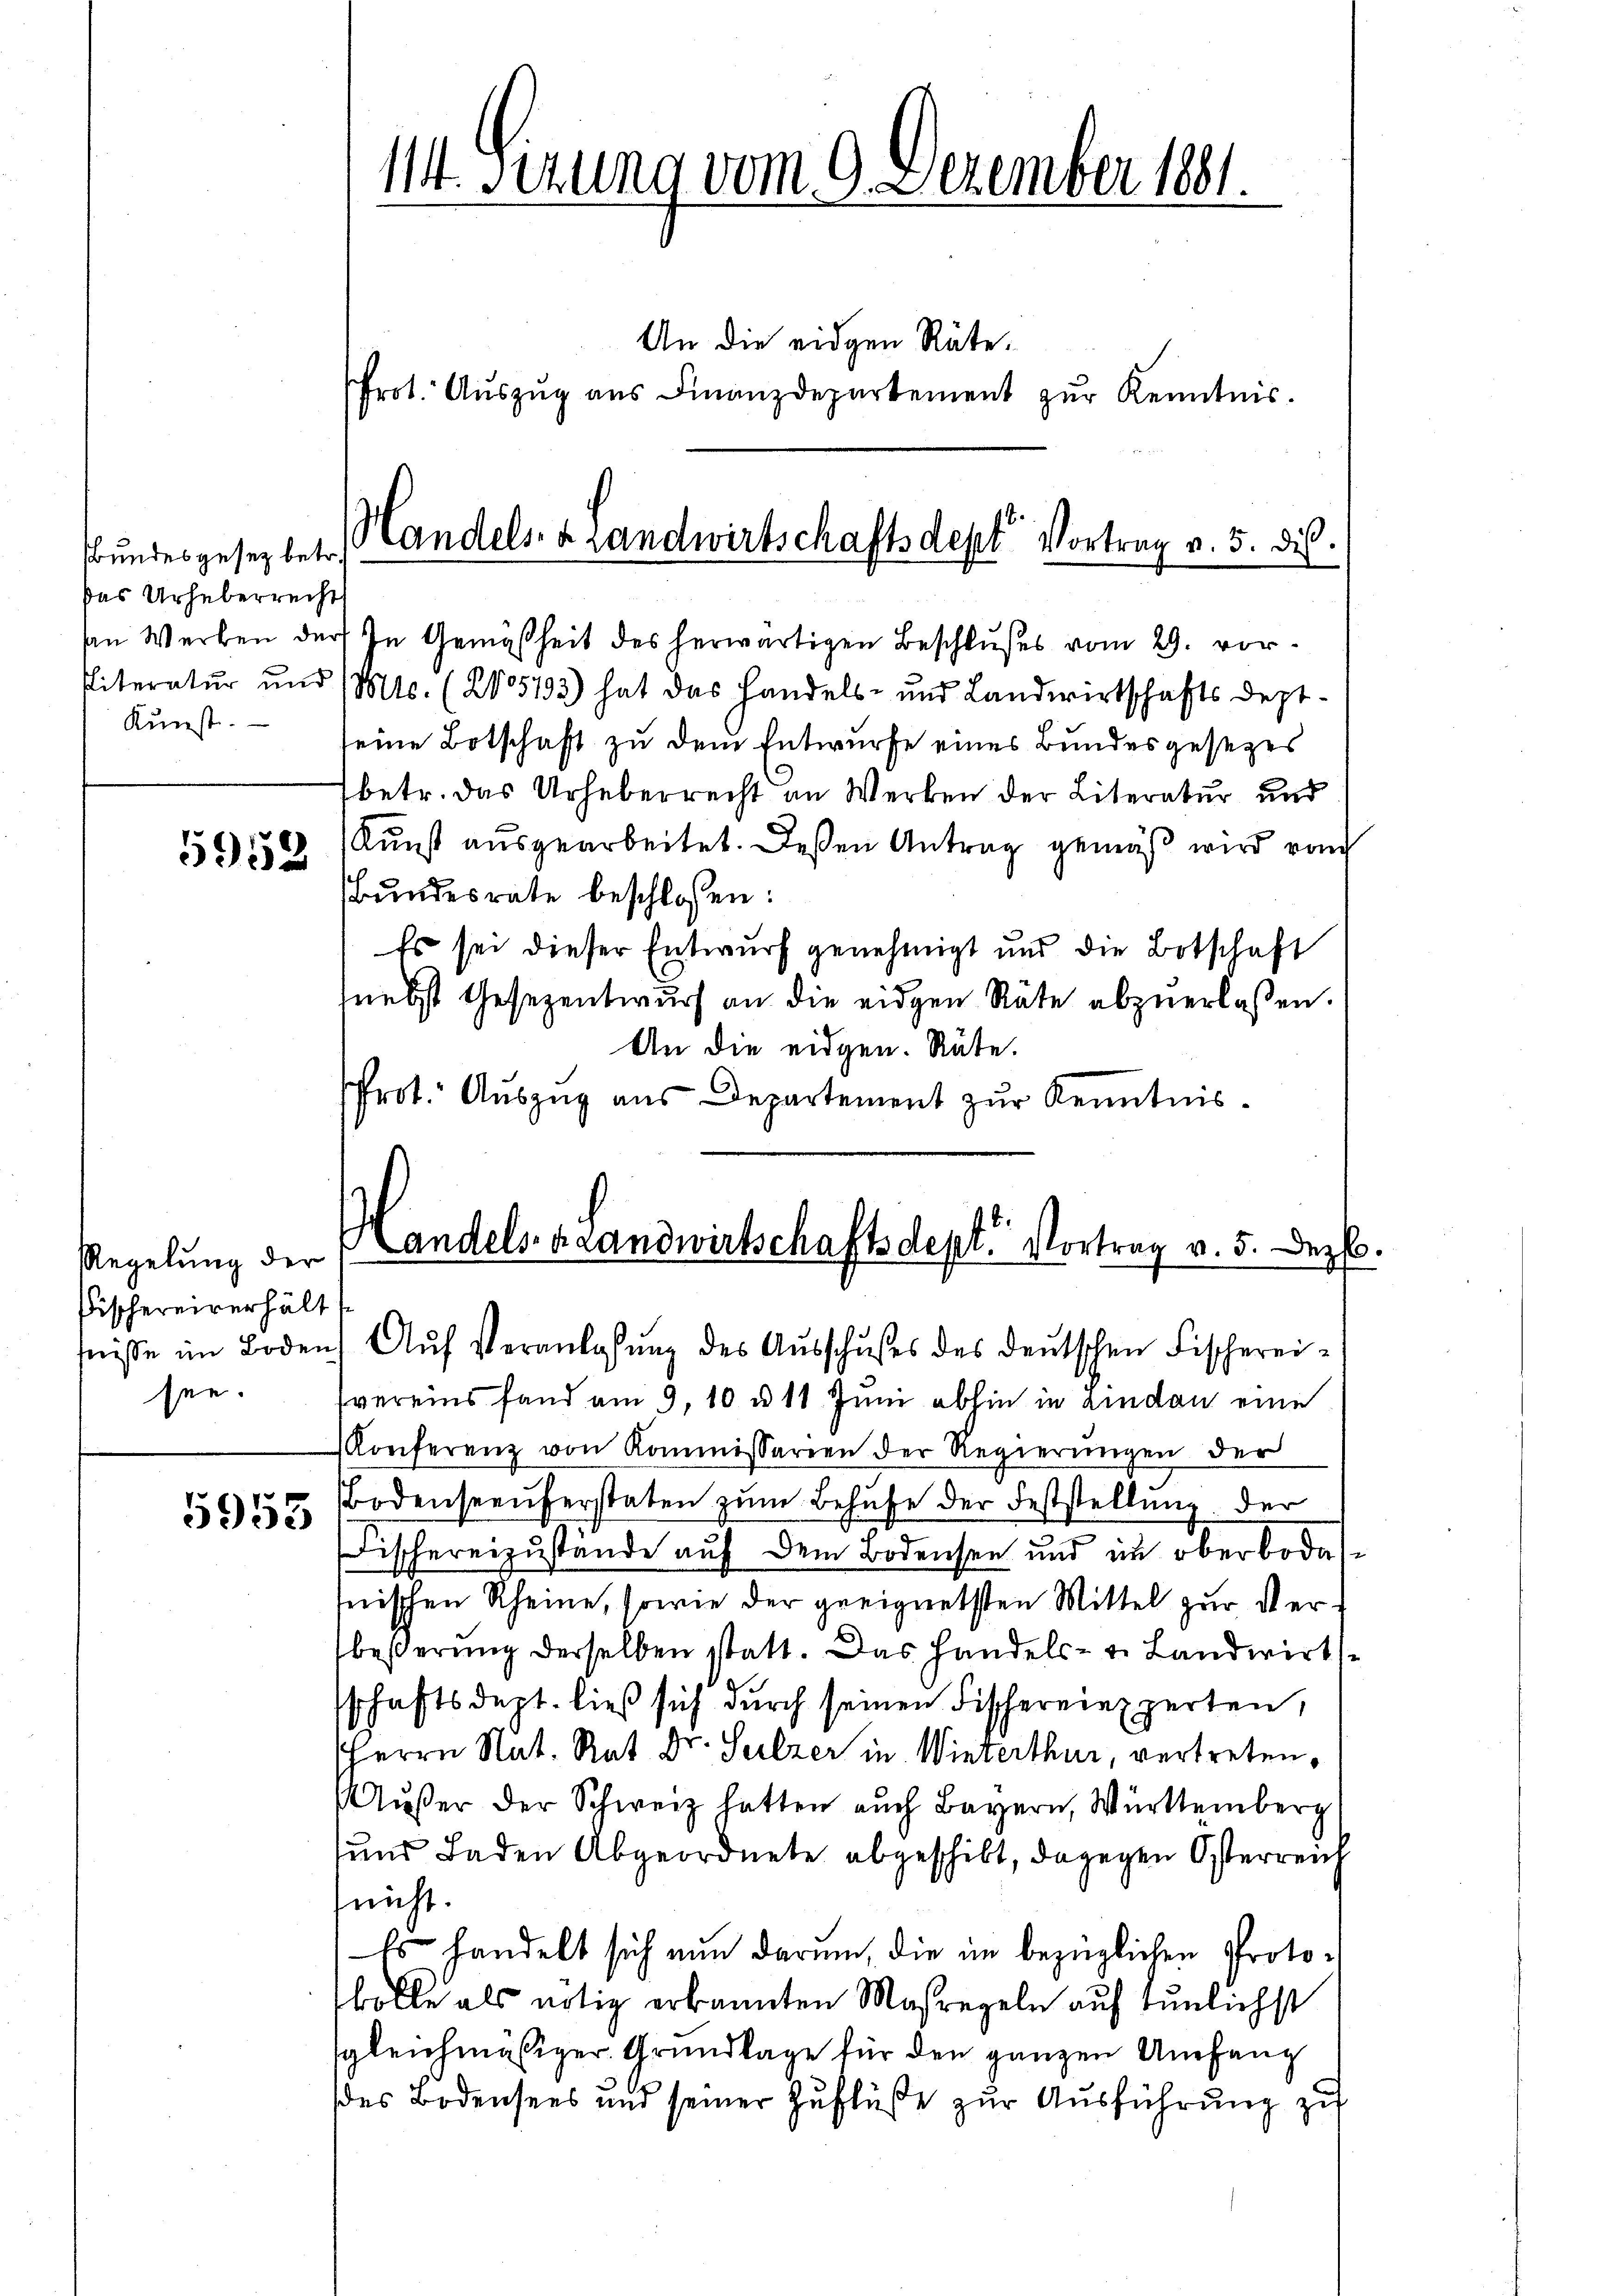
Bundesgesetz betr.
das Urheberrecht
Kunst.

5952

Regelung der
Fischereiverhält
see.

5953

114. Sizung vom 9. Dezember 1881.

An die eidgen Räte.
Prot. Auszug aus Finanzdepartement zur Kenntnis.
an Werken der In Gemäßheit des herwärtigen Beschlußes vom 29. vor¬
Literatur und (Mts. (205193) hat das Handels- und Landwirtschafts deptseine Botschaft zu dem Entwurfe eines Bundesgesezes
betr. das Urheberrecht an Werken der Literatur und
Kunst ausgearbeitet. Deßen Antrag gemäß wird von
Bundesrate beschlossen:
Es sei dieser Entwurf genehmigt und die Botschaft
nebst Gesezentwurf an die eidgen Räte abzuerlaßen.
An die eidgen. Räte.
Prot. Auszug aus Departement zur Kenntnisvereins fand am 9. 10 d. 11. Juni abhin in anden eine
Konferenz von Kommissarien der Regierŭngen der
Bodenseeŭferstaten zŭm Behufe der Feststellung der
Fischereizustände auf dem Bodensee und im oberbodesnischen Rheine, sowie der geeignetsten Mittel zur Verbeßerung derselben statt. Das Handels- u. Landwirtssschaftsdept. ließ sich durch seinen Fischereiexperten,
Herrn Nat. Rat Dr. Sulzer in Winterthur, vertreten¬
Aŭβer der Schweiz hatten auch Bayern, Württemberg
und Laden Abgeordnete abgeschikt, dagegen Österreich
(nicht.
Es handelt sich nun darum, die im bezüglichen Protobolle als nötig erkannten Maßregeln auf tunlichst
sgleichmäßiger Grundlage für den ganzen Umfang
des Bodensees und seiner Zuflüße zur Ausführung zu

Handels- & Landwirtschaftsdept Vortrag v. 5. ds.

b.
Handels Landwirtschaftsdept. Vortrag v. 5. Dezb.
fnisse im Boden Aŭf Veranlassŭng des Aŭsschußes des deutschen Fischerei¬